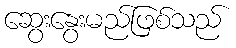
ဆွေးနွေးမည်ဖြစ်သည်